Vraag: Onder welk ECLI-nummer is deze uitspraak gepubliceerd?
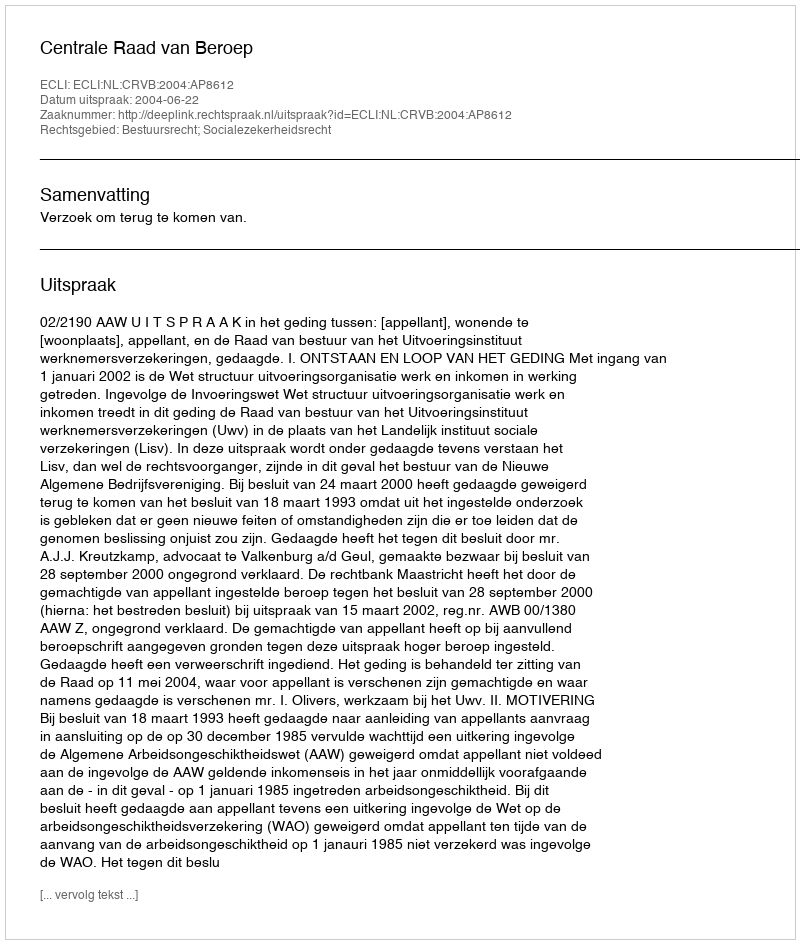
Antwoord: ECLI:NL:CRVB:2004:AP8612